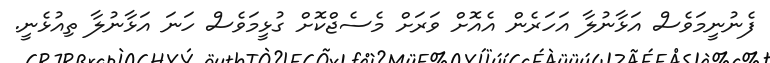
ފެނުނީމަވެސް އަޅާނުލާ އަހަރެން އެއޮށް ވަރަަށް މެސެޖްކޮށް ގުޅީމަވެސް ހަނަ އަޅާނުލާ ތިއުޅެނީ.